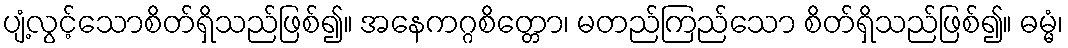
ပျံ့လွင့်သောစိတ်ရှိသည်ဖြစ်၍။ အနေကဂ္ဂစိတ္တော၊ မတည်ကြည်သော စိတ်ရှိသည်ဖြစ်၍။ ဓမ္မံ၊